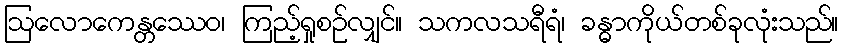
ဩလောကေန္တဿေဝ၊ ကြည့်ရှုစဉ်လျှင်။ သကလသရီရံ၊ ခန္ဓာကိုယ်တစ်ခုလုံးသည်။